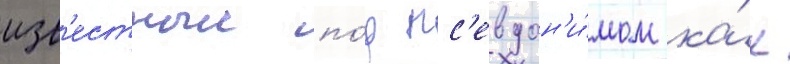
изв'естныи по́д пс'евдон'и́мом ка́к